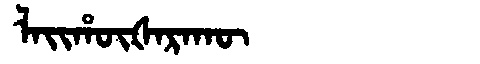
Manchu: ᠯᠠᡳᡥᡡᡧᠠᡵᠠᡴᡡ
Romanization: LAIHŪŠARAKŪ